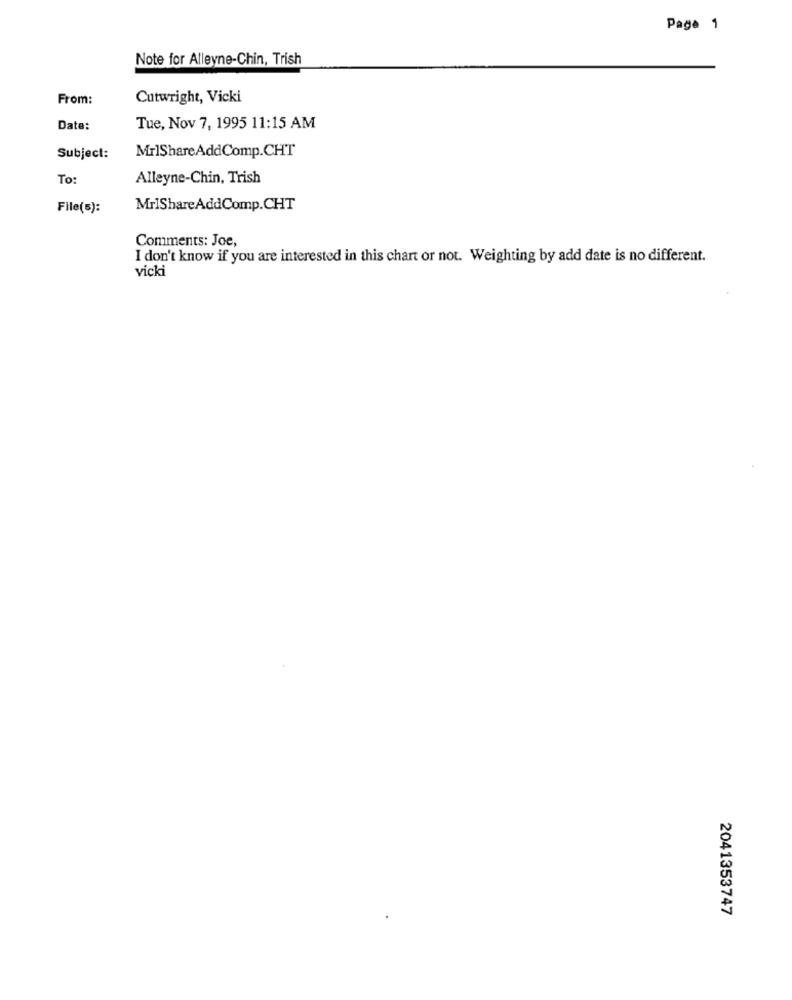
Page 1
Note for Alleyne-Chin, Trish
From:
Cutwright, Vicki
Date:
Tue, Nov 7, 1995 11:15 AM
MrlShareAddComp.CHT
Subject:
To:
Alleyne-Chin, Trish
File(s):
MrIShareAddComp.CHT
Comments: Joe,
I don't know if you are interested in this chart or not. Weighting by add date is no different.
vicki
2041353747